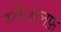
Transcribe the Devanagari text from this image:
स्कैंडलफ़